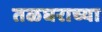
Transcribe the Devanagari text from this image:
तळघराच्या